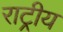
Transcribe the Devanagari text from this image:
राट्रीय